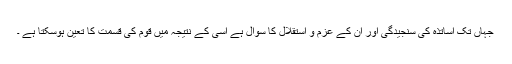
جہاں تک اساتذہ کی سنجیدگی اور ان کے عزم و استقلال کا سوال ہے اسی کے نتیجہ میں قوم کی قسمت کا تعین ہوسکتا ہے ۔